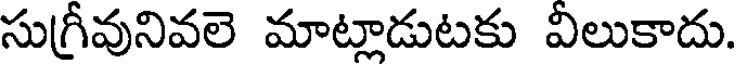
సుగ్రీవునివలె మాట్లాడుటకు విలుకాదు.